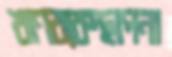
ঋণব্যবস্থাপনা